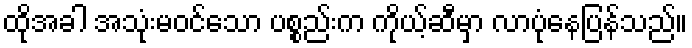
ထိုအခါ အသုံးမဝင်သော ပစ္စည်းက ကိုယ့်ဆီမှာ လာပုံနေပြန်သည်။